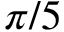
\pi / 5